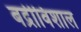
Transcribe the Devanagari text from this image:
बद्रीविशाल